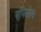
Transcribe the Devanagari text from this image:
एपिसोम